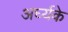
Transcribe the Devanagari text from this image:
अर्घ्यके